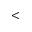
<